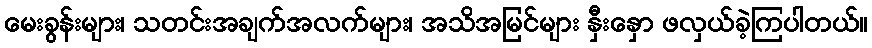
မေးခွန်းများ၊ သတင်းအချက်အလက်များ၊ အသိအမြင်များ နှီးနှော ဖလှယ်ခဲ့ကြပါတယ်။